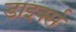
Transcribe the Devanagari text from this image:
डाइर्क्स